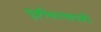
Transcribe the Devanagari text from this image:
पुष्टीकरणपत्रों